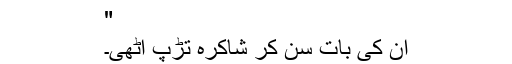
"
اُن کی بات سن کر شاکرہ تڑپ اُٹھی۔